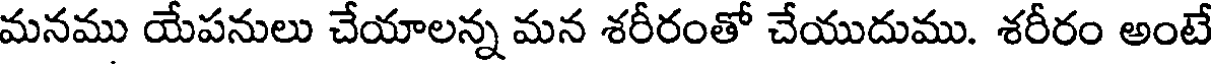
మనము యేపనులు చేయాలన్న మన శరీరంతో చేయుదుము. శరీరం అంటే